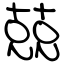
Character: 兢